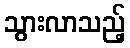
သွားလာသည့်